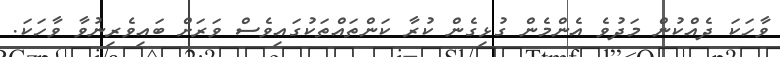
ވާހަކަ ދެއްކުން މަދުވެ އެންމެން ގުޅިގެން ކުރާ ކަންތައްތަކުގައިވެސް ވަރަށް ބައިވެރިނުވާ ވާހަކަ.